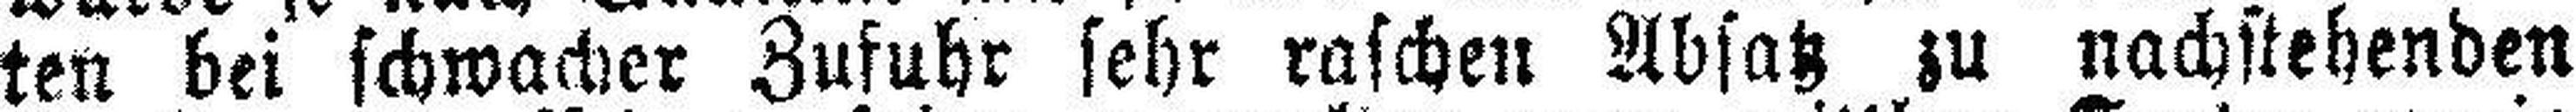
ten bei schwacher Zufuhr sehr raschen Absatz zu nachstehenden